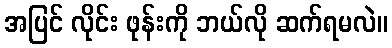
အပြင် လိုင်း ဖုန်းကို ဘယ်လို ဆက်ရမလဲ။